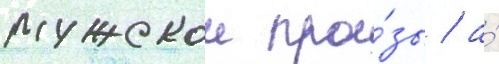
мужскои про́зы / а́